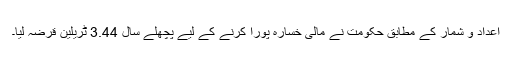
اعداد و شمار کے مطابق حکومت نے مالی خسارہ پورا کرنے کے لیے پچھلے سال 3.44 ٹریلین قرضہ لیا۔